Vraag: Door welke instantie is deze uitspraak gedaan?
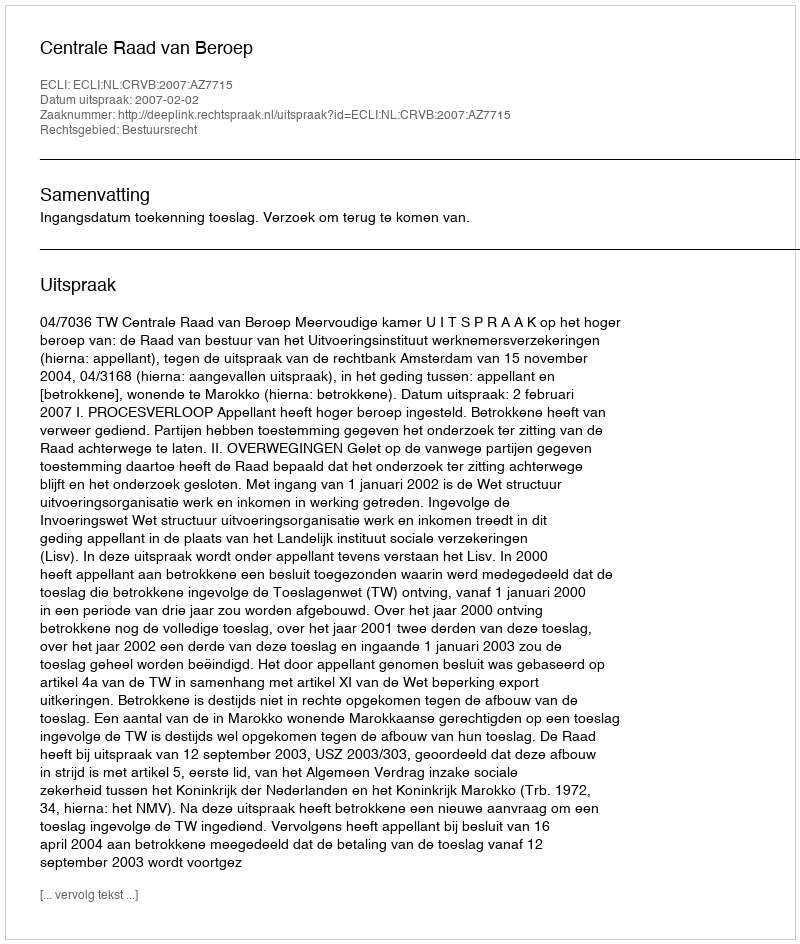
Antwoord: Centrale Raad van Beroep